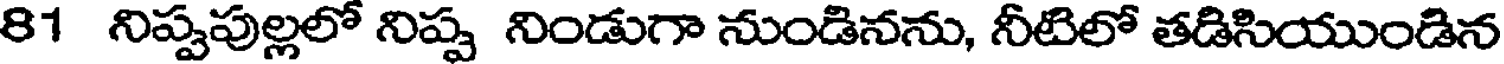
81 నిప్పపుల్లలో నిప్ప నిండుగా నుండినను, నీటిలో తడిసియుండిన